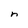
Character: n